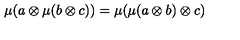
\mu ( a \otimes \mu ( b \otimes c ) ) = \mu ( \mu ( a \otimes b ) \otimes c )